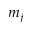
m _ { j }